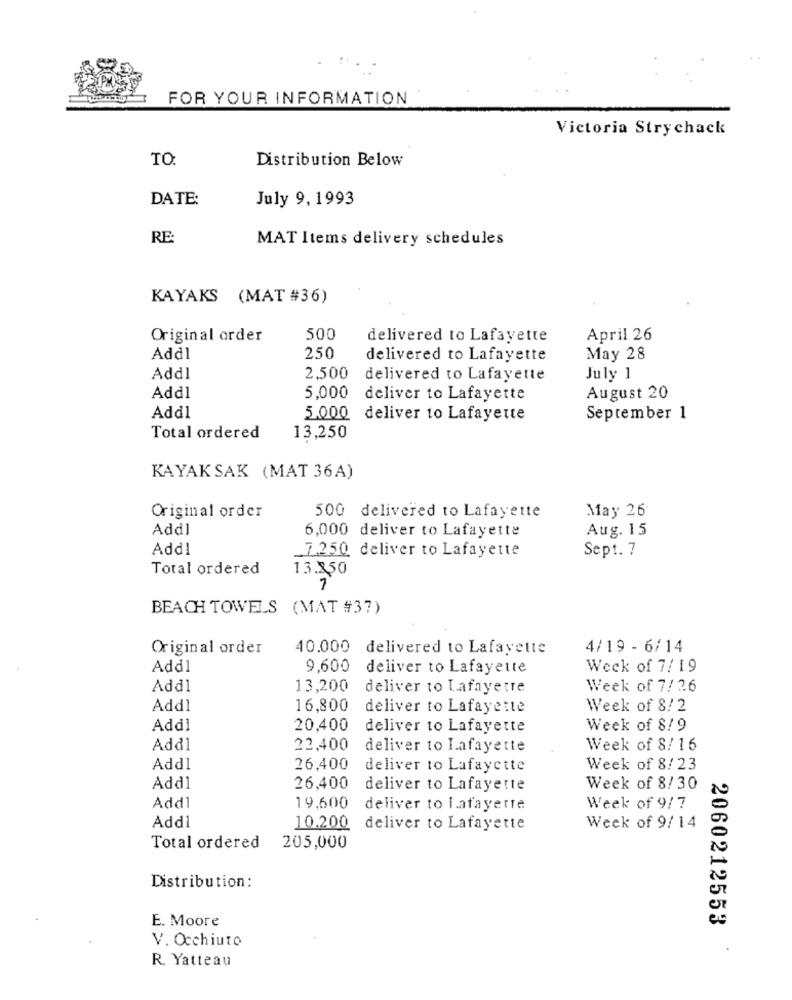
FOR YOUR INFORMATION
Victoria Strychack
TO.
Distribution Below
DATE:
July 9, 1993
RE
MAT Items delivery schedules
KAYAKS (MAT #36)
Original order
500
delivered to Lafayette
April 26
Add1
250
delivered to Lafayette
May 28
Addl
2,500
delivered to Lafayette
July 1
Addl
5,000 deliver to Lafayette
August 20
Add1
5.000
deliver to Lafayette
September 1
Total ordered
13,250
KAYAK SAK (MAT 36A)
Original order
May 26
500 delivered to Lafayette
Add]
6,000 deliver to Lafayette
Aug. 15
Add1
_7.250 deliver to Lafayette
Sept. 7
Total ordered
13.350
7
BEACH TOWELS (MAT #37)
Original order
40.000 delivered to Lafayette
4/19 - 6/14
Add1
9,600 deliver to Lafayette
Week of 7/ 19
Add1
13,200
deliver to Lafayette
Week of 7/ 26
Add1
16,800
deliver to Lafayette
Week of 8/2
Addl
20,400
deliver to Lafayette
Week of $! 9
Add]
22,400
deliver to Lafayette
Week of 8/ 16
Addl
26,400
deliver to Lafayette
Week of 8/ 23
Add1
26,400
deliver to Lafayette
Week of 8/30
Add1
19,600
deliver to lafayette
Week of 9/ 7
Add1
10.200 deliver to Lafayette
Week of 9/14
Total ordered
205,000
Distribution :
E. Moore
2060212553
V. Occhiuto
R. Yatteau